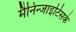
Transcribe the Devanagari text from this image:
मैनिन्जाइटिसके